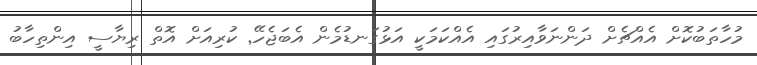
މުހާތަބުކޮށް އެއްޗެށް ދަންނަވާއިރުގައި އެެއްކަމަކީ އަޅުގަނޑުމެން އެބަޖެހޭ